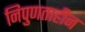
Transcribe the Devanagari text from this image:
निपुणताहीन